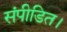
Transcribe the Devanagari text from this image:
संपीडित।